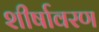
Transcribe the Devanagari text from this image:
शीर्षावरण